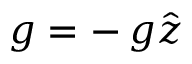
\boldsymbol { g } = - \, g \hat { \boldsymbol z }